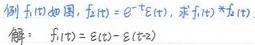
例1.17 如图，$f_1(t)=e^{-t}\varepsilon(t)$，求$f_1(t)*f_1(t)$。
解：$f_1(t)=\varepsilon(t)-\varepsilon(t - 2)$